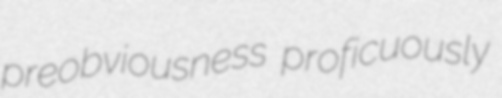
preobviousness proficuously